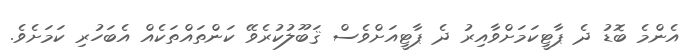
އެންމެ ބޮޑު ދެ ޕާޓީކަމަށްވާއިރު ދެ ޕާޓީއަށްވެސް ޤަބޫލުކުރެވޭ ކަންތައްތަކެއް އެބަހުރި ކަމަށެވެ.